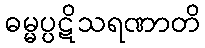
ဓမ္မပ္ပဋိသရဏာတိ